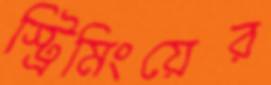
স্ট্রিমিংয়ের